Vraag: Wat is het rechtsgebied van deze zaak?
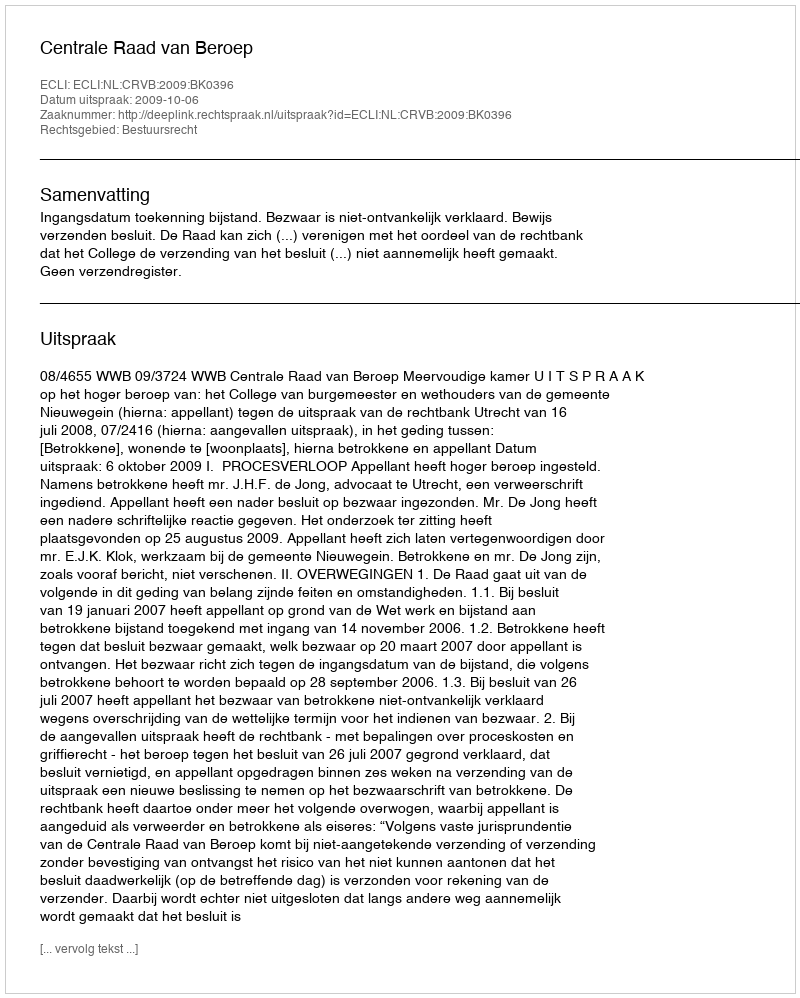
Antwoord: Bestuursrecht